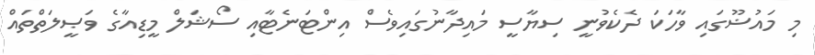
މި މައުޟޫގައި ވާހަކަ ދެކެވުނީ ސިޔާސީ މައިދާނުގައިވެސް އިންޓަނެޓާއި ސޯޝަލް މީޑިއާގެ ވަޞީލަތްތައް